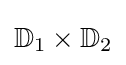
\mathbb {D} _{1}\times \mathbb {D} _{2}